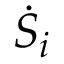
{ \dot { S } } _ { i }